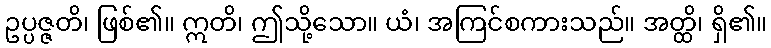
ဥပ္ပဇ္ဇတိ၊ ဖြစ်၏။ ဣတိ၊ ဤသို့သော။ ယံ၊ အကြင်စကားသည်။ အတ္ထိ၊ ရှိ၏။